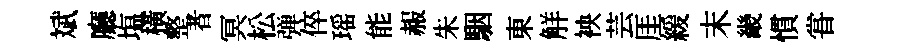
斌廳塩橫整者冥松弹倅瑶能赧朱駰東觧䘧芸厓緩末畿慣甞